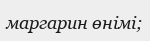
маргарин өнімі;